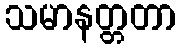
သမာနတ္တတာ